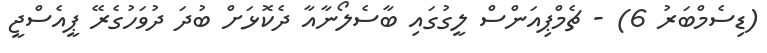
(ޑިސެމްބަރު 6) - ޗެމްޕިއަންސް ލީގުގައި ބާސެލޯނާއާ ދެކޮޅަށް ބުދަ ދުވަހުގެރޭ ޕީއެސްޖީ